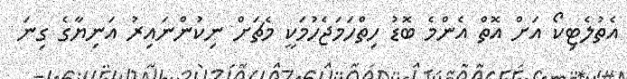
އެތުލެޓިކޯ އަށް އޮތް އެންމެ ބޮޑު ހިތްހަމަޖެހުމަކީ މެޗަށް ނިކުންނައިރު އަނިޔާގެ ގިނަ